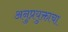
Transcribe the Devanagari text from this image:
अनुप्रयुक्ताचा